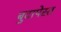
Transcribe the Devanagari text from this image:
बुदापेस्त